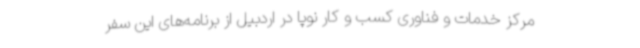
مرکز خدمات و فناوری کسب و کار نوپا در اردبیل از برنامه‌های این سفر